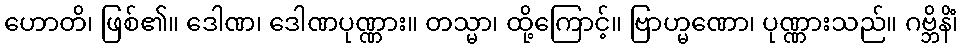
ဟောတိ၊ ဖြစ်၏။ ဒေါဏ၊ ဒေါဏပုဏ္ဏား။ တသ္မာ၊ ထို့ကြောင့်။ ဗြာဟ္မဏော၊ ပုဏ္ဏားသည်။ ဂဗ္ဘိနိံ၊